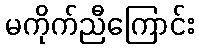
မကိုက်ညီကြောင်း